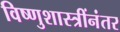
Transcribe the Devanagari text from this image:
विष्णुशास्त्रींनंतर